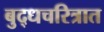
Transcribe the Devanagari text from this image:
बुद्धचरित्रात